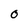
Character: 0